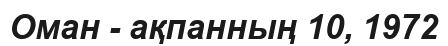
Оман - ақпанның 10, 1972